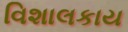
વિશાલકાય